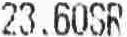
23.60SR